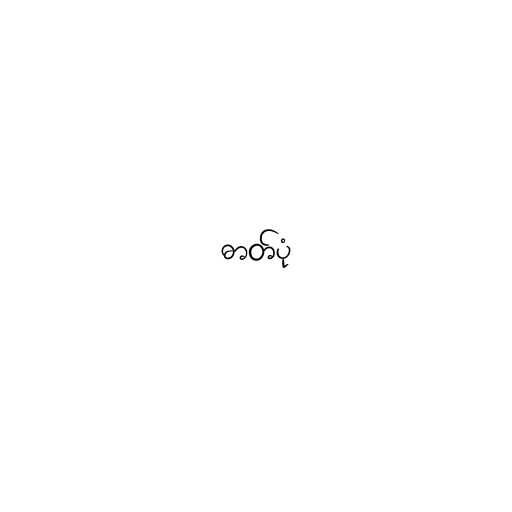
ဓာတ်ပုံ